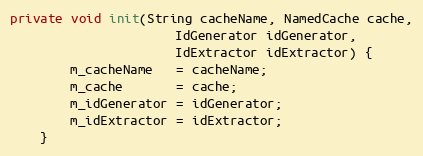
Language: Java
private void init(String cacheName, NamedCache cache,
                      IdGenerator idGenerator,
                      IdExtractor idExtractor) {
        m_cacheName   = cacheName;
        m_cache       = cache;
        m_idGenerator = idGenerator;
        m_idExtractor = idExtractor;
    }